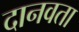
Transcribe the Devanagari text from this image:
दानवता